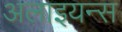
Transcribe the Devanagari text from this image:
अलाइयन्स